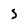
Character: S